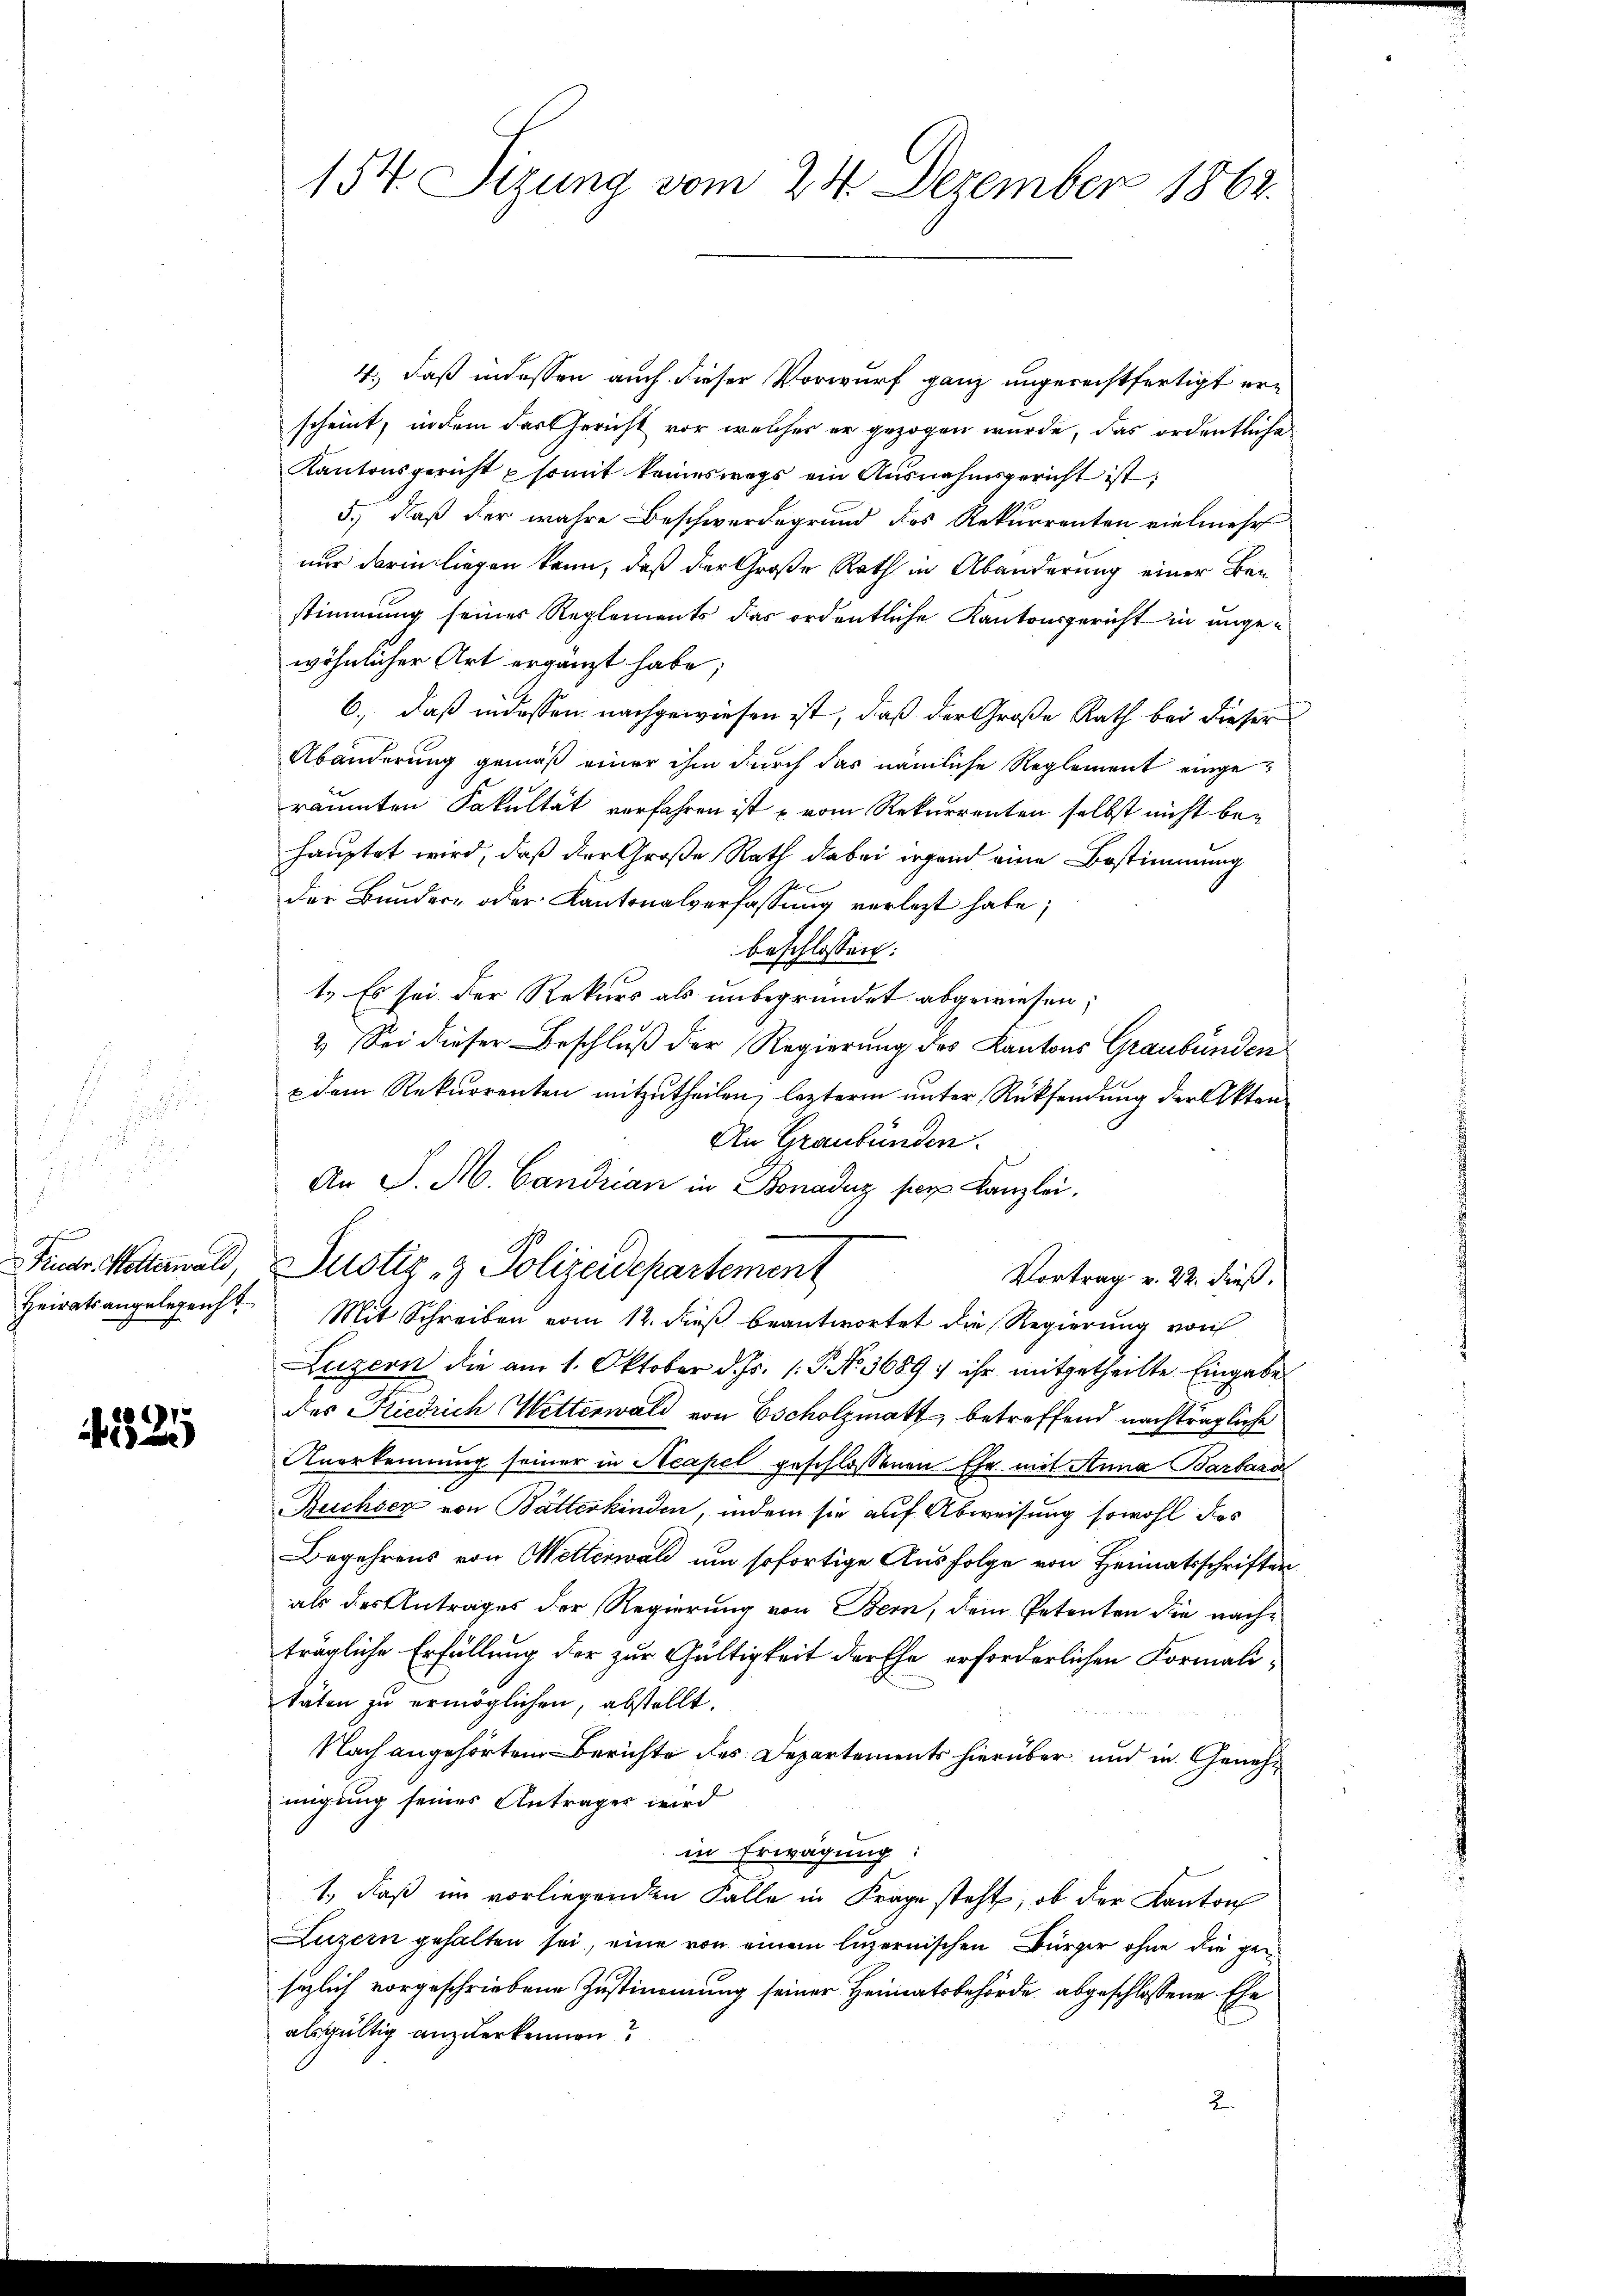
325

4., daß indessen auch dieser Vorwurf ganz ungerechtfertigt erscheint, indem das Gericht vor welches er gezogen wurde, das ordentliche
Kantonsgericht somit keineswegs ein Ausnahmsgericht ist:
5., daß der wahre Beschwerdegrund des Rekurrenten vielmehr
nur darin liegen kann, daß der Große Rath in Abänderung einer Bestimmung seines Reglements das ordentliche Kantonsgericht in ungewöhnlicher Art ergänzt habe;
6., daß indessen nachgewiesen ist, daß der Große Rath bei dieser
Abänderung gemäß einer ihm durch das nämliche Reglement eingeräumten Fakultät verfahren ist u. vom Rekurrenten selbst nicht behauptet wird, daß der Große Rath dabei irgend eine Bestimmung
der Bundern oder Kantonalverfassung verlegt habe;
beschlossen:
1. Es sei der Rekurs als unbegründet abgewiesen;
2.) Sei dieser Beschluß der Regierung des Kantons Graubünden
 dem Rekurrenten mitzutheilen, lezterm unter Rücksendung der Akten¬
An Graubünden.
An P. M. Candrian in Bonaduz ser Kanzlei.
Fruar. Mitternald, Justiz & Polizeidepartement
Vortrag v. 22. dieß.
Heiratsangelegen Mit Schreiben vom 12. dieβ beantwortet die Regierŭng vorh
Luzern die am 1. Oktober d. Js. 1. P. No. 3689 ihr mitgetheilte Eingabe
des Riedrich Wetterwald von Escholzmatt, betreffend nachträgliche
Anerkennung seiner in Neapel geschlossenen Ehe mit Stina Barbara
Buchser von Batterkinden, indem sie auf Abweisung sowohl das
Begehrens von Metterwald um sofortige Ausfolge von Heimatsschriften
als des Antrages der Regierung von Bern, dem Petenten die nachträgliche Erfüllung der zur Gültigkeit der Ehe erforderlichen Formalitäten zu ermöglichen, abstellt.
Nach angehörtem Berichte des Departements hierüber und in Genehmigung seines Antrages wird
in Erwägung:
1., daß im vorliegenden Fälle in Frage steht, ob der Kanton
Luzern gehalten sei, eine von einem luzernischen Bürger ohne die gesezlich vorgeschriebene Zustimmung seiner Heimatsbehörde abgeschlossene Ehe
alsgültig anzuerkennen?
2

154. Sizung vom 24. Dezember 1862.